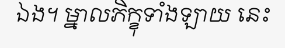
ឯង។ ម្នាលភិក្ខុទាំងឡាយ នេះ